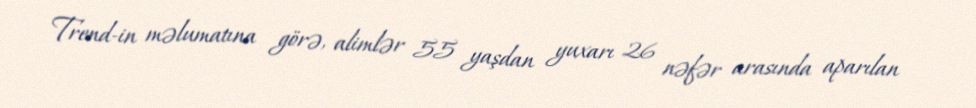
Trend-in məlumatına görə, alimlər 55 yaşdan yuxarı 26 nəfər arasında aparılan